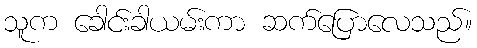
သူက ခေါင်းခါယမ်းကာ ဆက်ပြောလေသည်။